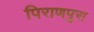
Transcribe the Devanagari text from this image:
पिराणपुरा